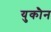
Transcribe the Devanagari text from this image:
युकौन